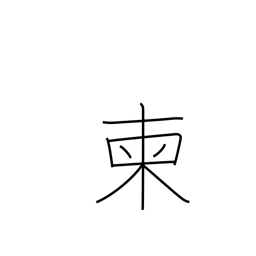
Meaning: pick out